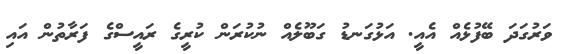
ވަރުގަދަ ބޭފުޅެއް އެއީ. އަޅުގަނޑު ގަބޫލެއް ނުކުރަން ކުރީގެ ރައީސްގެ ފަރާތުން އައި